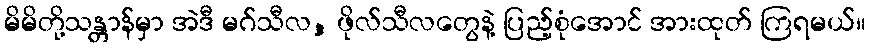
မိမိတို့သန္တာန်မှာ အဲဒီ မဂ်သီလ, ဖိုလ်သီလတွေနဲ့ ပြည့်စုံအောင် အားထုတ် ကြရမယ်။